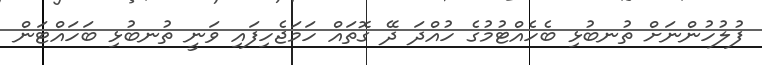
ފުލުހުންނަށް ތުނބުޅި ބެހެއްޓުމުގެ ހުއްދަ ދޭ ގޮތައް ހަމަޖެހިފައި ވަނީ ތުނބުޅި ބަހައްޓަން